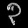
Digit: ၃